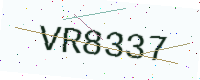
Text: VR8337